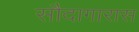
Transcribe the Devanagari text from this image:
सौदागारास